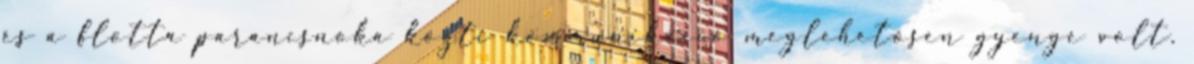
és a flotta parancsnoka közti kommunikáció meglehetősen gyenge volt.